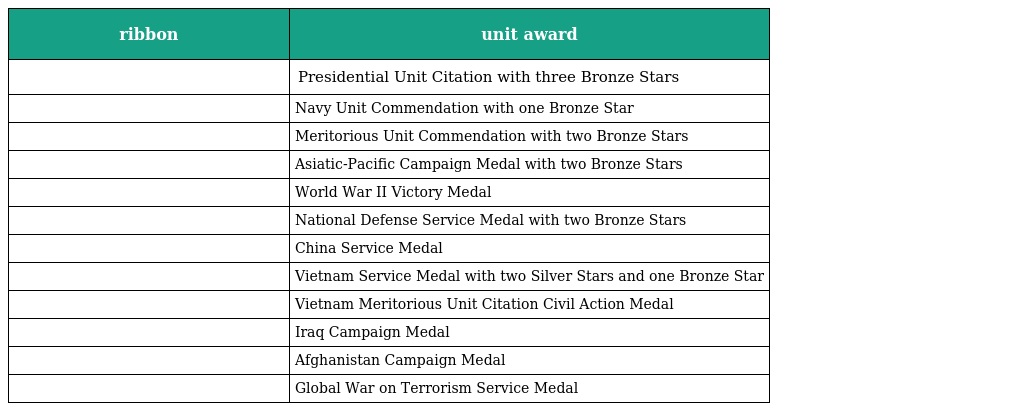
| ribbon | unit award |
 | --- | --- |
 |  | Presidential Unit Citation with three Bronze Stars |
 |  | Navy Unit Commendation with one Bronze Star |
 |  | Meritorious Unit Commendation with two Bronze Stars |
 |  | Asiatic-Pacific Campaign Medal with two Bronze Stars |
 |  | World War II Victory Medal |
 |  | National Defense Service Medal with two Bronze Stars |
 |  | China Service Medal |
 |  | Vietnam Service Medal with two Silver Stars and one Bronze Star |
 |  | Vietnam Meritorious Unit Citation Civil Action Medal |
 |  | Iraq Campaign Medal |
 |  | Afghanistan Campaign Medal |
 |  | Global War on Terrorism Service Medal |